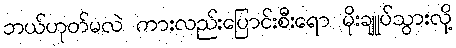
ဘယ်ဟုတ်မလဲ ကားလည်းပြောင်းစီးရော မိုးချုုပ်သွားလို့